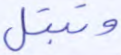
وتبتل